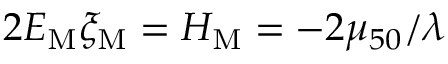
2 { \cal E } _ { \mathrm { M } } \xi _ { \mathrm { M } } = { \cal H } _ { \mathrm { M } } = - 2 \mu _ { 5 0 } / \lambda